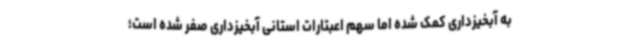
به آبخیزداری کمک شده اما سهم اعبتارات استانی آبخیزداری صفر شده است؛